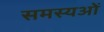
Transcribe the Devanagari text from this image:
समस्यओं